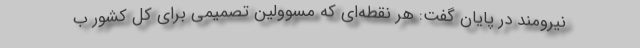
نیرومند در پایان گفت: هر نقطه‌ای که مسوولین تصمیمی برای کل کشور ب